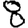
Digit: 8